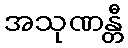
အသုဏန္တီ